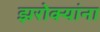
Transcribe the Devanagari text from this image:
झरोक्यांना